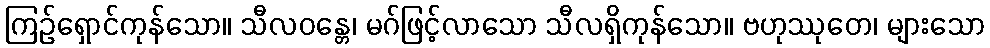
ကြဉ်ရှောင်ကုန်သော။ သီလဝန္တေ၊ မဂ်ဖြင့်လာသော သီလရှိကုန်သော။ ဗဟုဿုတေ၊ များသော